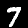
Label: 7